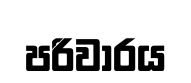
පරිවාරය